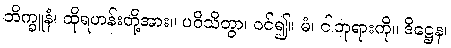
ဘိက္ခူနံ၊ ထိုရဟန်းတို့အား။ ပဝိသိတွာ၊ ဝင်၍။ မံ၊ ငါဘုရားကို။ ဒိဋ္ဌေန၊